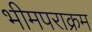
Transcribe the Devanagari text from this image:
भीमपराक्रम